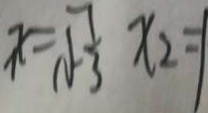
x _ { 1 } = \sqrt { - \frac { 1 } { 3 } } x _ { 2 } = 1